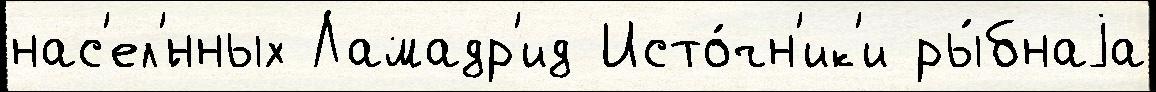
нас'ел'́нных Ламадр'ид Исто́чн'ик'и ры́бнаjа